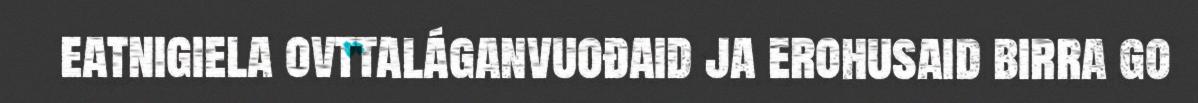
eatnigiela ovttaláganvuođaid ja erohusaid birra go